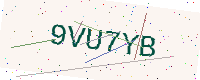
Text: 9VU7YB